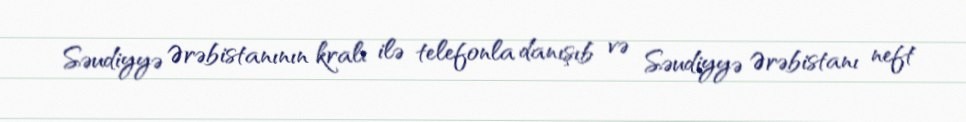
Səudiyyə Ərəbistanının kralı ilə telefonla danışıb və Səudiyyə Ərəbistanı neft